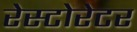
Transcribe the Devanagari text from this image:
रेस्टोरेटर